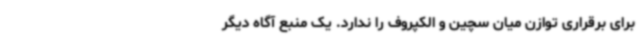
برای برقراری توازن میان سچین و الکپروف را ندارد. یک منبع آگاه دیگر